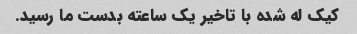
کیک له شده با تاخیر یک ساعته بدست ما رسید.